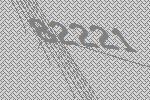
82221